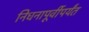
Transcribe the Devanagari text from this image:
निधनापूर्वीपर्यंत